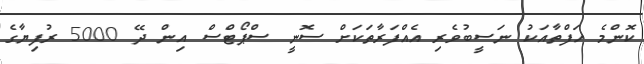
ކޮންމެ ހަފްތާއަކު ނަސީބުވެރި އެއްފަރާތަކަށް ސޮނީ ސްޕޯޓްސް އިން ދޭ 5000 ރުފިޔާގެ